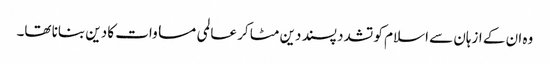
وہ ان کے ازہان سے اسلام کو تشدد پسند دین مٹا کر عالمی مساوات کا دین بنانا تھا۔